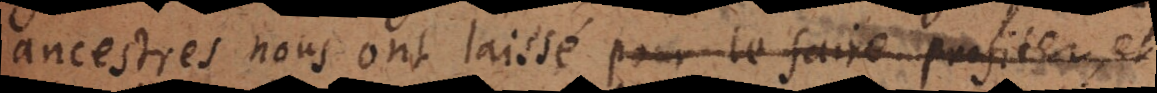
ancestres nous ont laissé pour le faire profiter, et